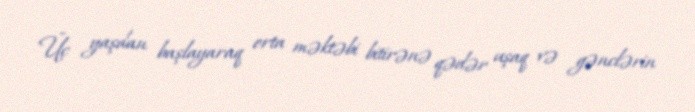
Üç yaşdan başlayaraq orta məktəbi bitirənə qədər uşaq və gənclərin